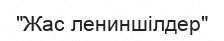
"Жас лениншілдер"